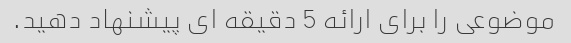
موضوعی را برای ارائه 5 دقیقه ای پیشنهاد دهید.